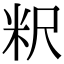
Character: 粎